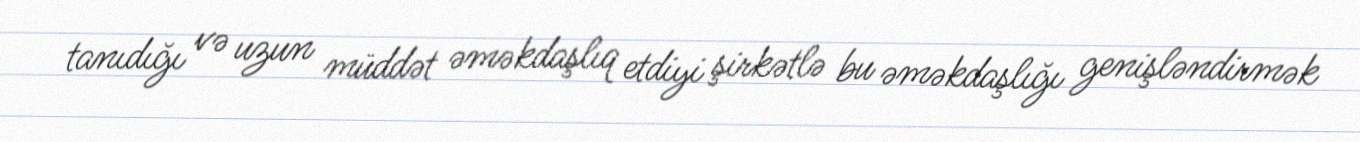
tanıdığı və uzun müddət əməkdaşlıq etdiyi şirkətlə bu əməkdaşlığı genişləndirmək